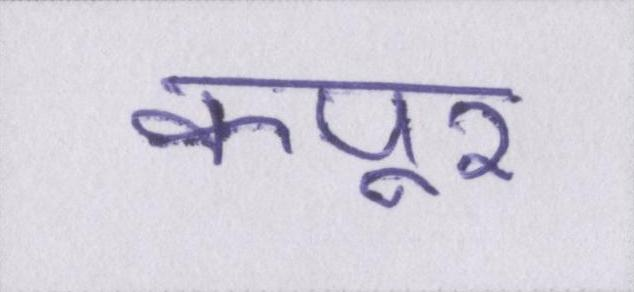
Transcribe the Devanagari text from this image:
कपूर